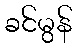
ခင်မွန်